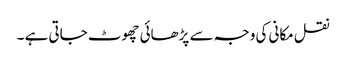
نقل مکانی کی وجہ سے پڑھائی چھوٹ جاتی ہے ۔